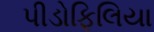
પીડોફિલિયા